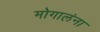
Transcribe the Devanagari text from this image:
मोगालंना